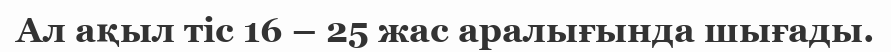
Ал ақыл тіс 16 – 25 жас аралығында шығады.